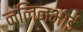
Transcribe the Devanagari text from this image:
नलिनभाई